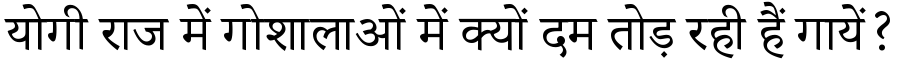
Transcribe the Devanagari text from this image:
योगी राज में गोशालाओं में क्यों दम तोड़ रही हैं गायें?